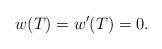
LaTeX: \begin{align*}w(T)=w'(T)= 0.\end{align*}